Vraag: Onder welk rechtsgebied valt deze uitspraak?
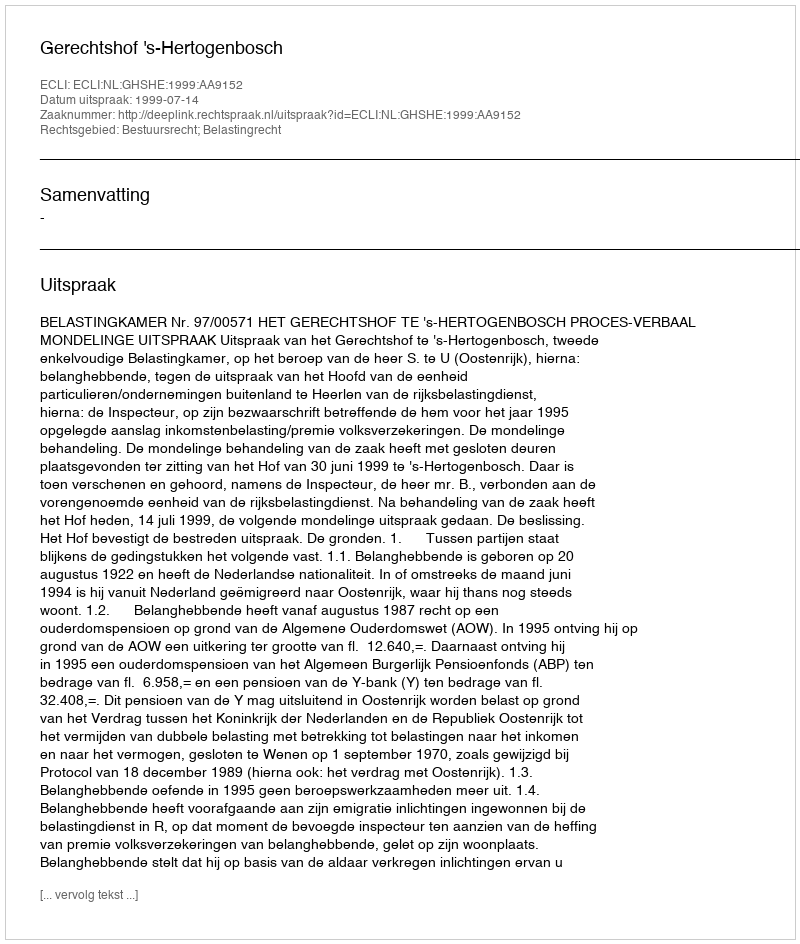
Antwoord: Bestuursrecht; Belastingrecht